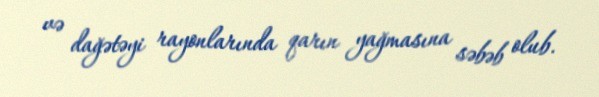
və dağətəyi rayonlarında qarın yağmasına səbəb olub.